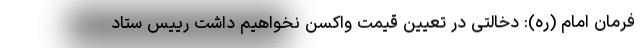
فرمان امام (ره): دخالتی در تعیین قیمت واکسن نخواهیم داشت رییس ستاد